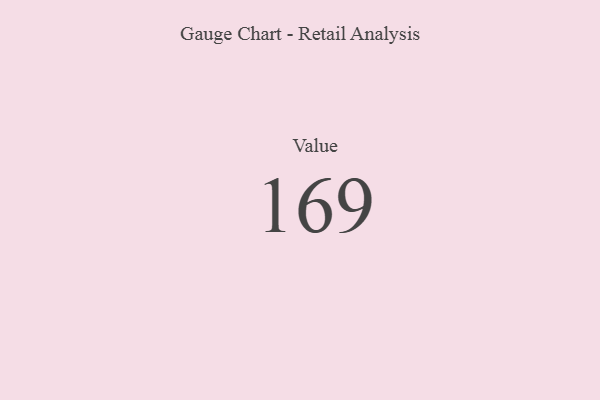
{"axis": {"x": "Metric", "y": "Value"}, "legend": [""], "data": [{"x": "Value", "y": 169, "type": ""}]}